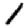
Digit: 1